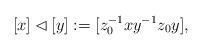
LaTeX: \begin{align*} [x] \lhd[y] := [z_0^{-1} x y^{-1} z_0 y],\end{align*}